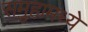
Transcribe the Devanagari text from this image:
समुहामध्ये